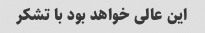
این عالی خواهد بود با تشکر